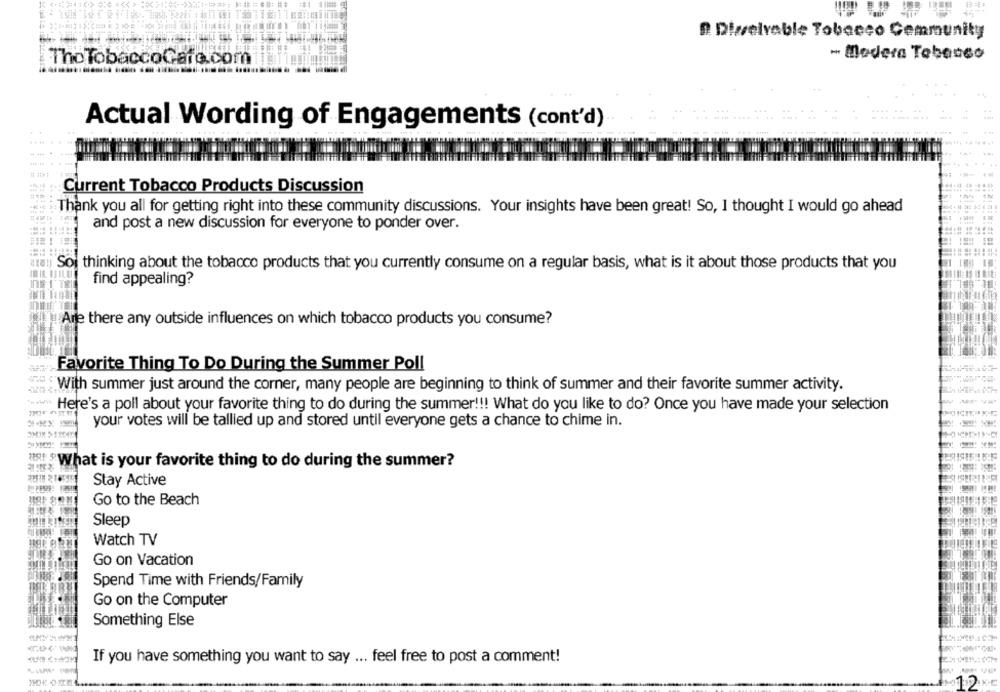
2. Dizselvable Tobacco Community
- Madera Tebasso
The TobaccoGare.com
Actual Wording of Engagements (cont'd)
Current Tobacco Products Discussion
Thank you all for getting right into these community discussions. Your insights have been great! So, I thought I would go ahead
and post a new discussion for everyone to ponder over.
Soi thinking about the tobacco products that you currently consume on a regular basis, what is it about those products that you
find appealing?
!Are there any outside influences on which tobacco products you consume?
Favorite Thing To Do During the Summer Poll
With summer just around the corner, many people are beginning to think of summer and their favorite summer activity.
Here's a poll about your favorite thing to do during the summer !!! What do you like to do? Once you have made your selection
your votes will be tallied up and stored until everyone gets a chance to chime in.
What is your favorite thing to do during the summer?
Stay Active
Go to the Beach
Sleep
Watch TV
Go on Vacation
Spend Time with Friends/Family
Go on the Computer
Something Else
If you have something you want to say ... feel free to post a comment!